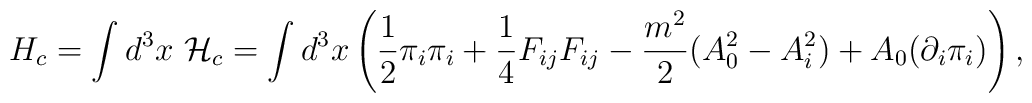
H_c = {\displaystyle \int d^3x ~{\cal H}_c} =  {\displaystyle \int d^3x \left ( \frac{1}{2}{\pi_i}{\pi_i} + {\frac{1}{4}}F_{ij}F_{ij} - \frac{m^2}{2}(A_0^2 - A_i^2) + A_0({\partial_i}\pi_i)\right ),}